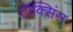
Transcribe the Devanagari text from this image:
टॉक्सिंस